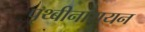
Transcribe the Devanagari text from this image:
पृथ्बीनारायन